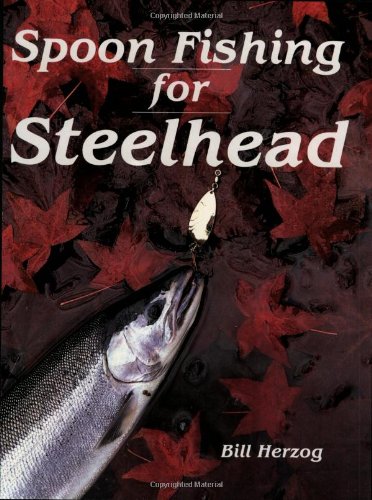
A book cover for Spoon Fishing for Steelhead; Bill Herzog; Sports & Outdoors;